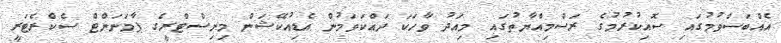
އެއްބަސްވުމުގައި ސޮއިކުރުމުގެ ރަސްމިއްޔާތުގައި މިއަދު ވާހަކަ ދައްކަވަމުން އެޑިއުކޭޝަން މިނިސްޓްރީގެ ޕާމަނަންޓް ސެކްރެޓަރީ